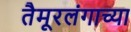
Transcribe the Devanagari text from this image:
तैमूरलंगाच्या